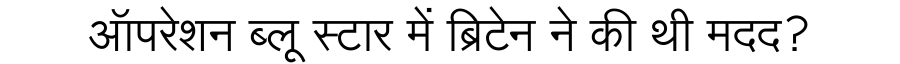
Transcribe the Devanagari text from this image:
ऑपरेशन ब्लू स्टार में ब्रिटेन ने की थी मदद?